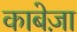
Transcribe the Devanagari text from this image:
काबेज़ा